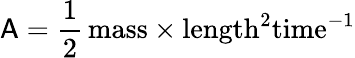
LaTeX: \mathsf{A}=\frac{1}{2}\, \mathrm{mass}\times\mathrm{length}^{2}\mathrm{time}^{-1}